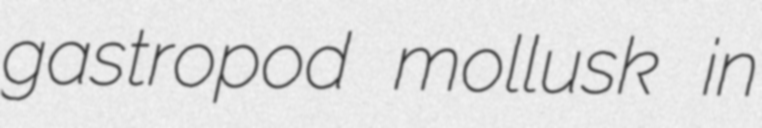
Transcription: gastropod mollusk in